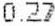
0.27